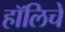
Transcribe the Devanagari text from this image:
हॉलिचे